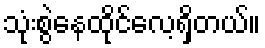
သုံးစွဲနေထိုင်လေ့ရှိတယ်။